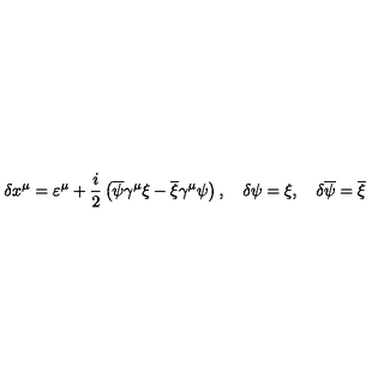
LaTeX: \delta x ^ { \mu } = \varepsilon ^ { \mu } + \frac { i } { 2 } \left( \overline { { \psi } } \gamma ^ { \mu } \xi - \overline { { \xi } } \gamma ^ { \mu } \psi \right) , \quad \delta \psi = \xi , \quad \delta \overline { { \psi } } = \overline { { \xi } }